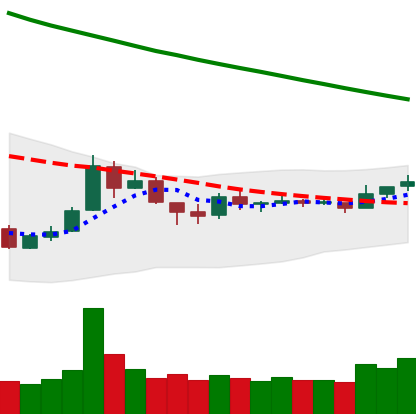
Ticker: TRX-USD
Chart end date: 2018-10-06
Forward return: -11.748%
Label: down_7plus